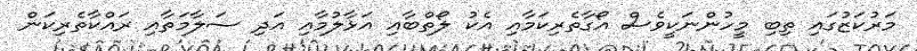
މަރުކަޒުގައި ތިބި މީހުންނަކީވެސް އޯގާތެރިކަމާއި އެކު ލޯތްބާއި އަޅާލުމާއި އަދި ސަލާމަތާއި ރައްކާތެރިކަން